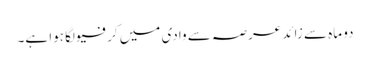
دو ماہ سے زائد عرصہ سے وادی میں کرفیو لگا ہوا ہے۔